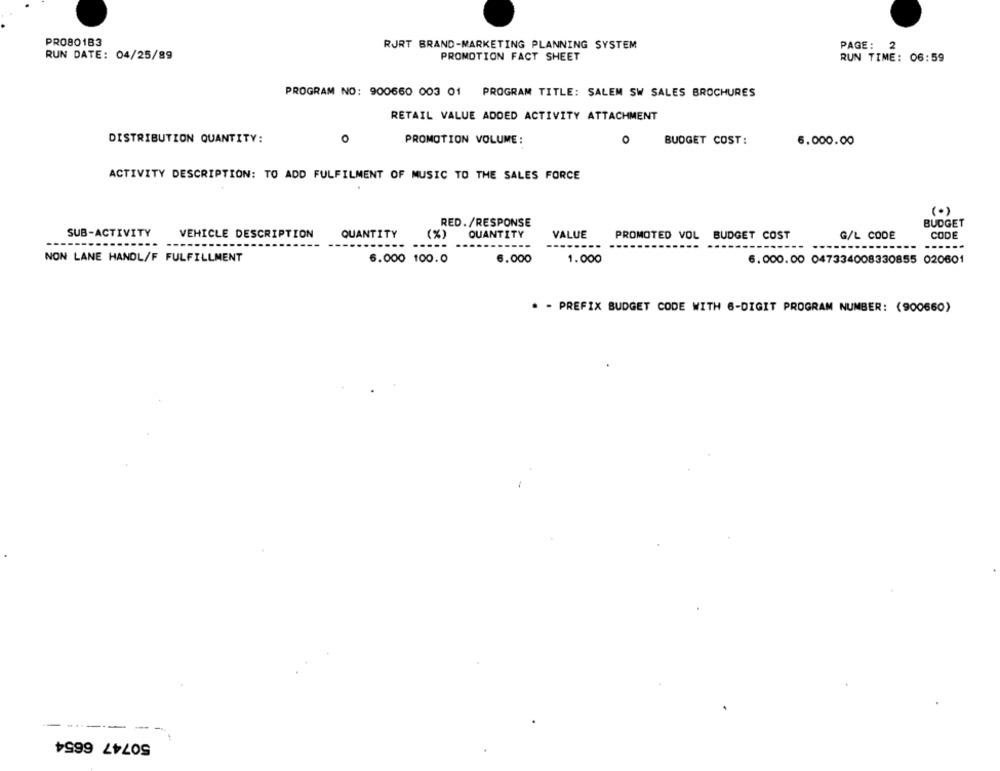
PROBO1B3
RJRT BRAND-MARKETING PLANNING SYSTEM
PAGE: 2
RUN DATE: 04/25/89
PROMOTION FACT SHEET
RUN TIME: 06:59
PROGRAM NO: 900660 003 01 PROGRAM TITLE: SALEM SW SALES BROCHURES
RETAIL VALUE ADDED ACTIVITY ATTACHMENT
DISTRIBUTION QUANTITY:
0
O
PROMOTION VOLUME:
BUDGET COST:
6.000.00
ACTIVITY DESCRIPTION: TO ADD FULFILMENT OF MUSIC TO THE SALES FORCE
(.)
RED./RESPONSE
BUDGET
SUB-ACTIVITY
VEHICLE DESCRIPTION
QUANTITY
(%)
QUANTITY
VALUE
PROMOTED VOL BUDGET COST
G/L CODE
CODE
-----
-----
-----
NON LANE HANDL/F FULFILLMENT
6.000 100.0
6.000
1.000
6.000.00 047334008330855 020601
* - PREFIX BUDGET CODE WITH 6-DIGIT PROGRAM NUMBER: (900660)
50747 6654